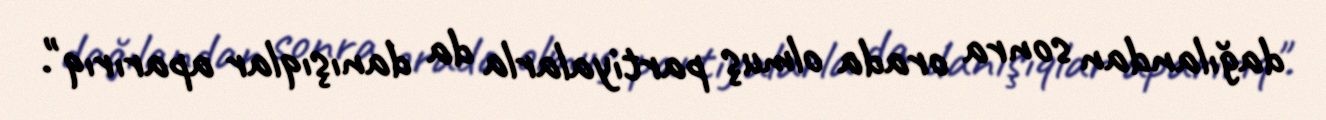
dağılandan sonra orada olmuş partiyalarla da danışıqlar aparırıq".